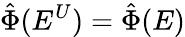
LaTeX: \hat{\Phi}(E^{U})=\hat{\Phi}(E)